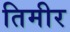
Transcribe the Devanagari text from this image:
तिमीर